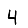
Digit: 4